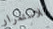
للاستمرار